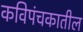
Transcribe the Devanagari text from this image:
कविपंचकातील